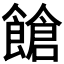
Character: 𩝞